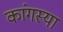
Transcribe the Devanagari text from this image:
कांगस्या